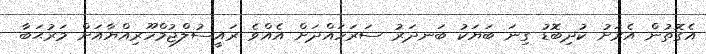
އެގޮތުން އެރަށު ކުދިބޮޑު ގިނަ ބަޔަކު ބަނދަރު ސަރަހައްދަށް އެއްވެ ރައީސުލްޖުމްހޫރިއްޔާއަށް މަރުޙަބާ